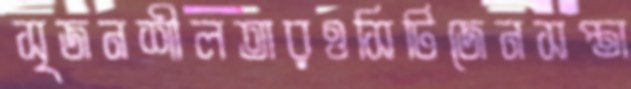
সৃজনশীলতারওসিটিজেনসপ্তা